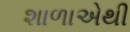
શાળાએથી